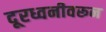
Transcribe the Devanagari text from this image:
दूरध्वनीवरून